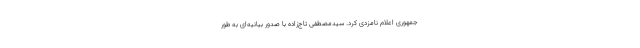
جمهوری اعلام نامزدی کرد. سیدمصطفی تاج‌زاده با صدور بیانیه‌ای به طور